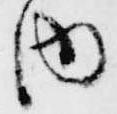
内